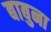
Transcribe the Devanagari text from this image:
बाबुना